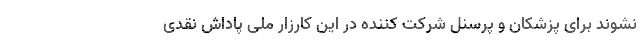
نشوند برای پزشکان و پرسنل شرکت کننده در این کارزار ملی پاداش نقدی